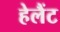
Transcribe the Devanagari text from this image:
हेलैंट